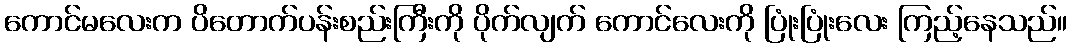
ကောင်မလေးက ပိတောက်ပန်းစည်းကြီးကို ပိုက်လျက် ကောင်လေးကို ပြုံးပြုံးလေး ကြည့်နေသည်။